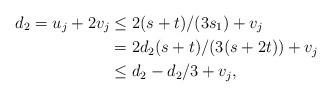
LaTeX: \begin{align*}d_2 = u_j + 2v_j & \le 2(s+t)/(3s_1) + v_j \\& = 2d_2(s+t)/(3(s+2t)) + v_j \\& \le d_2 - d_2/3 + v_j, \end{align*}